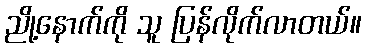
ညို့နောက်ကို သူ ပြန်လိုက်လာတယ်။